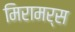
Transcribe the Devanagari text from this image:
मिरामर्स